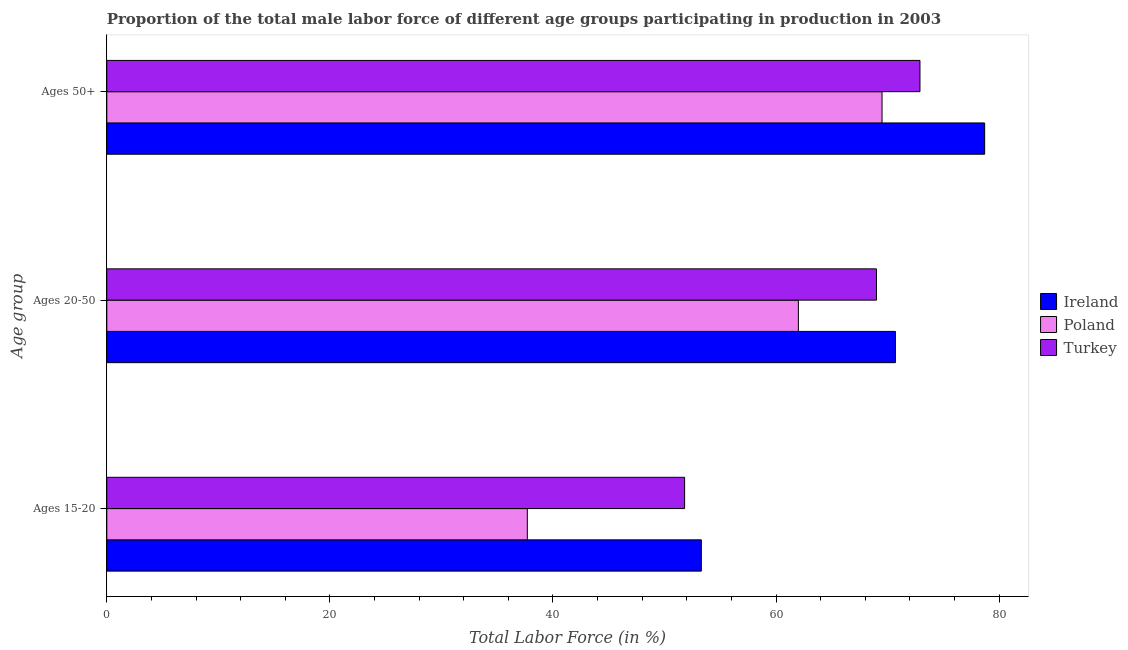
| Age group | Ireland | Poland | Turkey |
 | --- | --- | --- | --- |
 | Ages 15-20 | 53.3 | 37.7 | 51.8 |
 | Ages 20-50 | 70.7 | 62 | 69 |
 | Ages 50+ | 78.7 | 69.5 | 72.9 |